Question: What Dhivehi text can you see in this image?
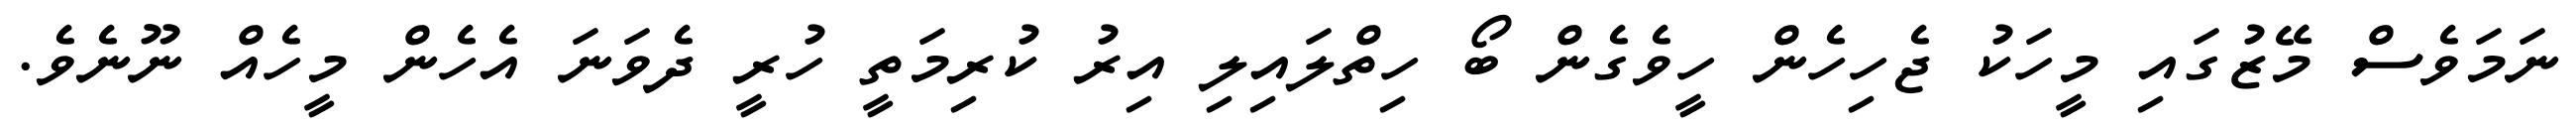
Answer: ނަމަވެސް މޭޒުގައި މީހަކު ޖެހިހެން ހީވެގެން ބޯ ހިތްލައިލި އިރު ކުރިމަތީ ހުރީ ދެވަނަ އެހެން މީހެއް ނޫނެވެ.